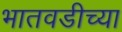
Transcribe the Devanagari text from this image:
भातवडीच्या